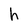
Character: h